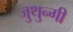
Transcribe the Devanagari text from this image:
जुथुन्गी